Rangoon Lunatic Asylum 1878-1892 - 1878-1892
Year: 1878
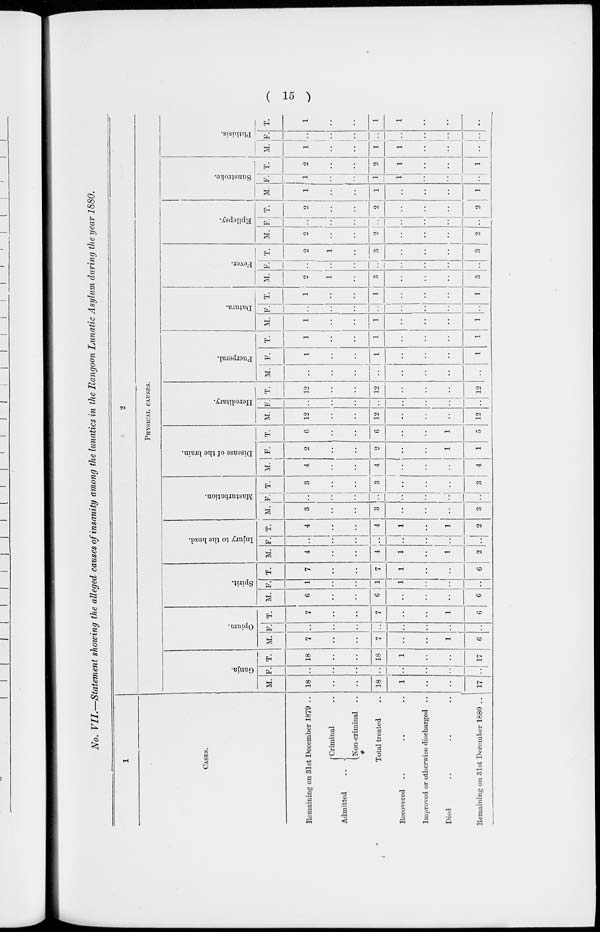
( 15 )
No. VII.—Statement showing the alleged causes of insanity among the lunatics in the Rangoon Lunatic Asylum during the year 1880.
1
CASES.
Remaining on 31st December 1879 ..
Admitted
..
Criminal ..
Non-criminal ..
Total treated ..
Recovered .. .. ..
Improved or otherwise discharged ..
Died .. .. ..
Remaining on 31st December 1880 ..
2
PHYSICAL CAUSES.
Ganja.
M.
18
..
..
18
1
..
..
17
F.
..
..
..
..
..
..
..
..
T.
18
..
..
18
1
..
..
17
Opium.
M.
7
..
..
7
..
..
1
6
F.
..
..
..
..
..
..
..
..
T.
7
..
..
7
..
..
1
6
Spirit.
M.
6
..
..
6
..
..
..
6
F.
1
..
..
1
1
..
..
..
T.
7
..
..
7
1
..
..
6
Injury to the head.
M.
4
..
..
4
1
..
1
2
F.
..
..
..
..
..
..
..
..
T.
4
..
..
4
1
..
1
2
Masturbation.
M.
3
..
..
3
..
..
..
3
F.
..
..
..
..
..
..
..
..
T.
3
..
..
3
..
..
..
3
Disease of the brain.
M.
4
..
..
4
..
..
..
4
F.
2
..
..
2
..
..
1
1
T.
6
..
..
6
..
..
1
5
Hereditary.
M.
12
..
..
12
..
..
..
12
F.
..
..
..
..
..
..
..
..
T.
12
..
..
12
..
..
..
12
Puerperal.
M.
..
..
..
..
..
..
..
..
F.
1
..
..
1
..
..
..
1
T.
1
..
..
1
..
..
..
1
Datura.
M.
1
..
..
1
..
..
..
1
F.
..
..
..
..
..
..
..
..
T.
1
..
..
1
..
..
..
1
Fever.
M.
2
1
..
3
..
..
..
3
F.
..
..
..
..
..
..
..
..
T.
2
1
..
3
..
..
..
3
Epilepsy.
M.
2
..
..
2
..
..
..
2
F.
..
..
..
..
..
..
..
..
T.
2
..
..
2
..
..
..
2
Sunstroke.
M.
1
..
..
1
..
..
..
1
F.
1
..
..
1
1
..
..
..
T.
2
..
..
2
1
..
. .
1
Phthisis.
M.
1
..
..
1
1
..
..
..
F.
..
..
..
..
..
..
..
..
T.
1
..
..
1
1
..
..
..